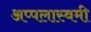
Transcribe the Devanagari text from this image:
अप्पलास्वमी